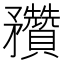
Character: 䂎